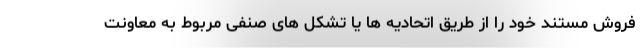
فروش مستند خود را از طریق اتحادیه ها یا تشکل های صنفی مربوط به معاونت